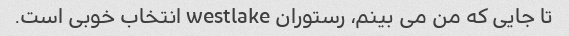
تا جایی که من می بینم، رستوران westlake انتخاب خوبی است.